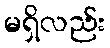
မရှိလည်း